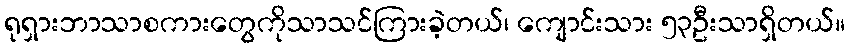
ရုရှားဘာသာစကားတွေကိုသာသင်ကြားခဲ့တယ်၊ ကျောင်းသား ၅၃ဦးသာရှိတယ်။